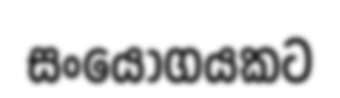
සංයෝගයකට